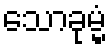
သောခုမ္မံ